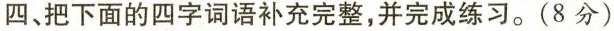
四、把下面的四字词语补充完整，并完成练习。(8分)